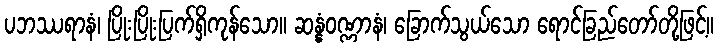
ပဘဿရာနံ၊ ပြိုးပြိုးပြက်ရှိကုန်သော။ ဆန္နံဝဏ္ဏာနံ၊ ခြောက်သွယ်သော ရောင်ခြည်တော်တို့ဖြင့်။